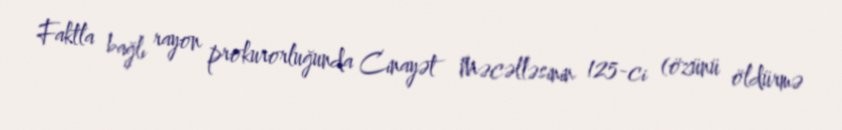
Faktla bağlı rayon prokurorluğunda Cinayət Məcəlləsinin 125-ci (özünü öldürmə